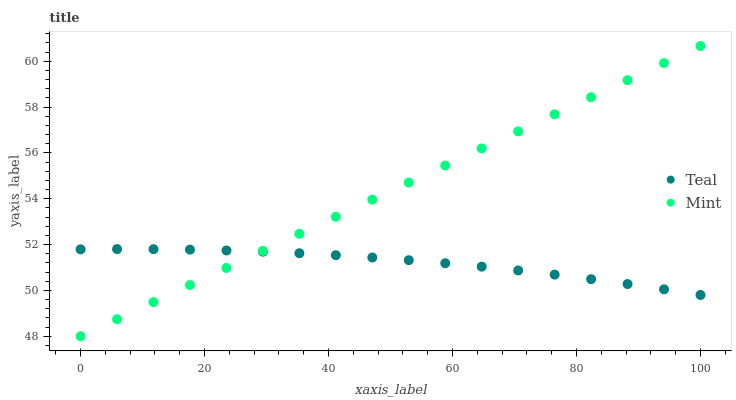
| xaxis_label | Teal | Mint |
 | --- | --- | --- |
 | 0 | 51.8 | 48 |
 | 5.88 | 51.8 | 48.7 |
 | 11.8 | 51.8 | 49.5 |
 | 17.6 | 51.8 | 50.2 |
 | 23.5 | 51.7 | 51 |
 | 29.4 | 51.7 | 51.7 |
 | 35.3 | 51.6 | 52.5 |
 | 41.2 | 51.5 | 53.2 |
 | 47.1 | 51.4 | 54 |
 | 52.9 | 51.3 | 54.7 |
 | 58.8 | 51.2 | 55.5 |
 | 64.7 | 51 | 56.2 |
 | 70.6 | 50.9 | 56.9 |
 | 76.5 | 50.7 | 57.7 |
 | 82.4 | 50.5 | 58.4 |
 | 88.2 | 50.3 | 59.2 |
 | 94.1 | 50 | 59.9 |
 | 100 | 49.8 | 60.7 |